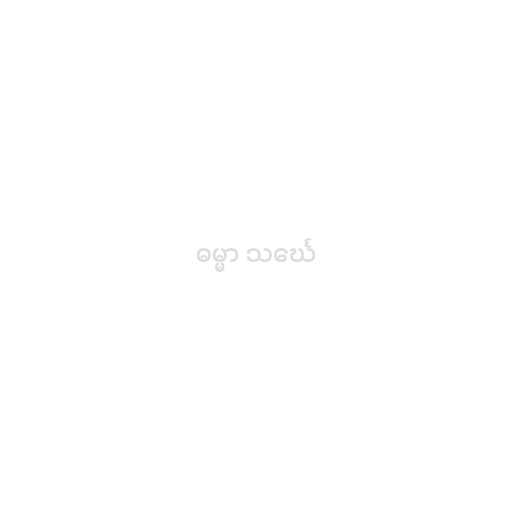
ဓမ္မာ သင်္ဃေ